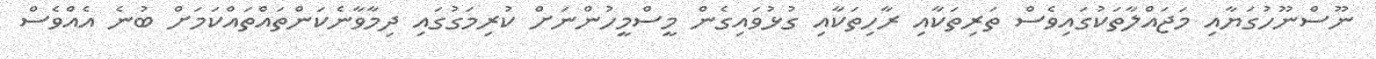
ނޫސްނޫހުގަޔާއި މަޖައްލާތަކުގައިވެސް ތަރިތަކާއި ރާހިތަކާއި ގުޅުވައިގެން މީސްމީހުންނަށް ކުރިމަގުގައި ދިމާވާނެކަންތައްތައްކަމަށް ބުނެ އެއްވެސް